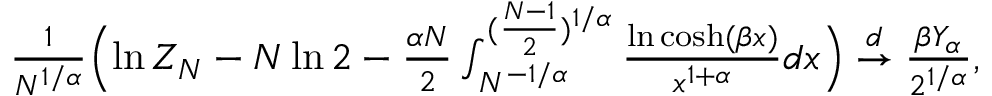
\begin{array} { r } { \frac { 1 } { N ^ { 1 / \alpha } } \Bigl ( \ln Z _ { N } - N \ln 2 - \frac { \alpha N } { 2 } \int _ { N ^ { - 1 / \alpha } } ^ { ( \frac { N - 1 } { 2 } ) ^ { 1 / \alpha } } \frac { \ln \cosh ( \beta x ) } { x ^ { 1 + \alpha } } d x \Bigr ) \stackrel { d } { \to } \frac { \beta Y _ { \alpha } } { 2 ^ { 1 / \alpha } } , } \end{array}